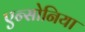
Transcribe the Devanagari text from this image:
एन्सोनिया